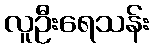
လူဦးရေသန်း